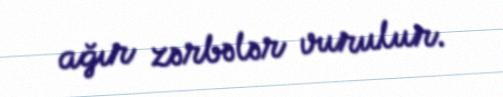
ağır zərbələr vurulur.